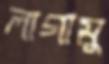
লাগামু